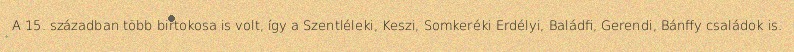
A 15. században több birtokosa is volt, így a Szentléleki, Keszi, Somkeréki Erdélyi, Baládfi, Gerendi, Bánffy családok is.